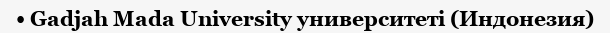
• Gadjah Mada University университеті (Индонезия)